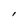
Character: I